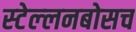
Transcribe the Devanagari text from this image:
स्‍टेल्‍लनबोसच